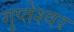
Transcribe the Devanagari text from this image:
गुप्‍तेश्‍वर